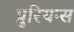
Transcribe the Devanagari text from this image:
प्रुरियन्स